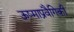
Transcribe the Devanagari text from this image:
ऊष्माप्रवैगिकी